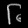
Digit: ၆